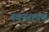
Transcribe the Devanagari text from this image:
नवनरायण